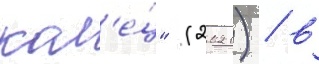
кол'е́ц" (2021) / в